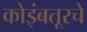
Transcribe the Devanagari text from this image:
कोइंबतूरचे